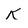
Character: K